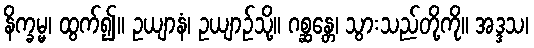
နိက္ခမ္မ၊ ထွက်၍။ ဥယျာနံ၊ ဥယျာဉ်သို့။ ဂစ္ဆန္တေ၊ သွားသည်တို့ကို။ အဒ္ဒသ၊